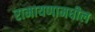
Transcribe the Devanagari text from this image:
रामायणामधील